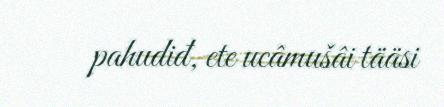
pahudiđ, ete ucâmušâi tääsi